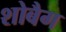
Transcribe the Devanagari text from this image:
शोबैग